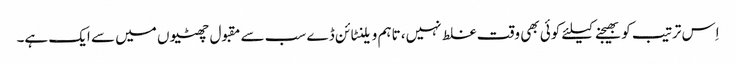
اِس ترتیب کو بھیجنے کیلئے کوئی بھی وقت غلط نہیں، تاہم ویلنٹائن ڈے سب سے مقبول چھٹیوں میں سے ایک ہے۔